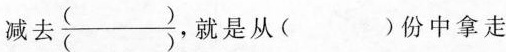
减去\frac{()}{()} ，就是从( )份中拿走